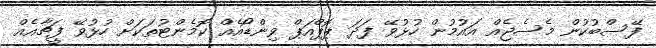
ފޭސްބުކުން މެސެޖެއް އައުމުން ހުޅުވޭ ފަދަ ޕޮޕްއަޕް ވިންޑޯއެއް ކޮމެންޓުތަކަށް ހުޅުވޭ ފީޗާއެއް